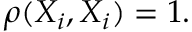
\rho ( X _ { i } , X _ { i } ) = 1 .